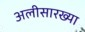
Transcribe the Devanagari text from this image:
अलीसारख्या